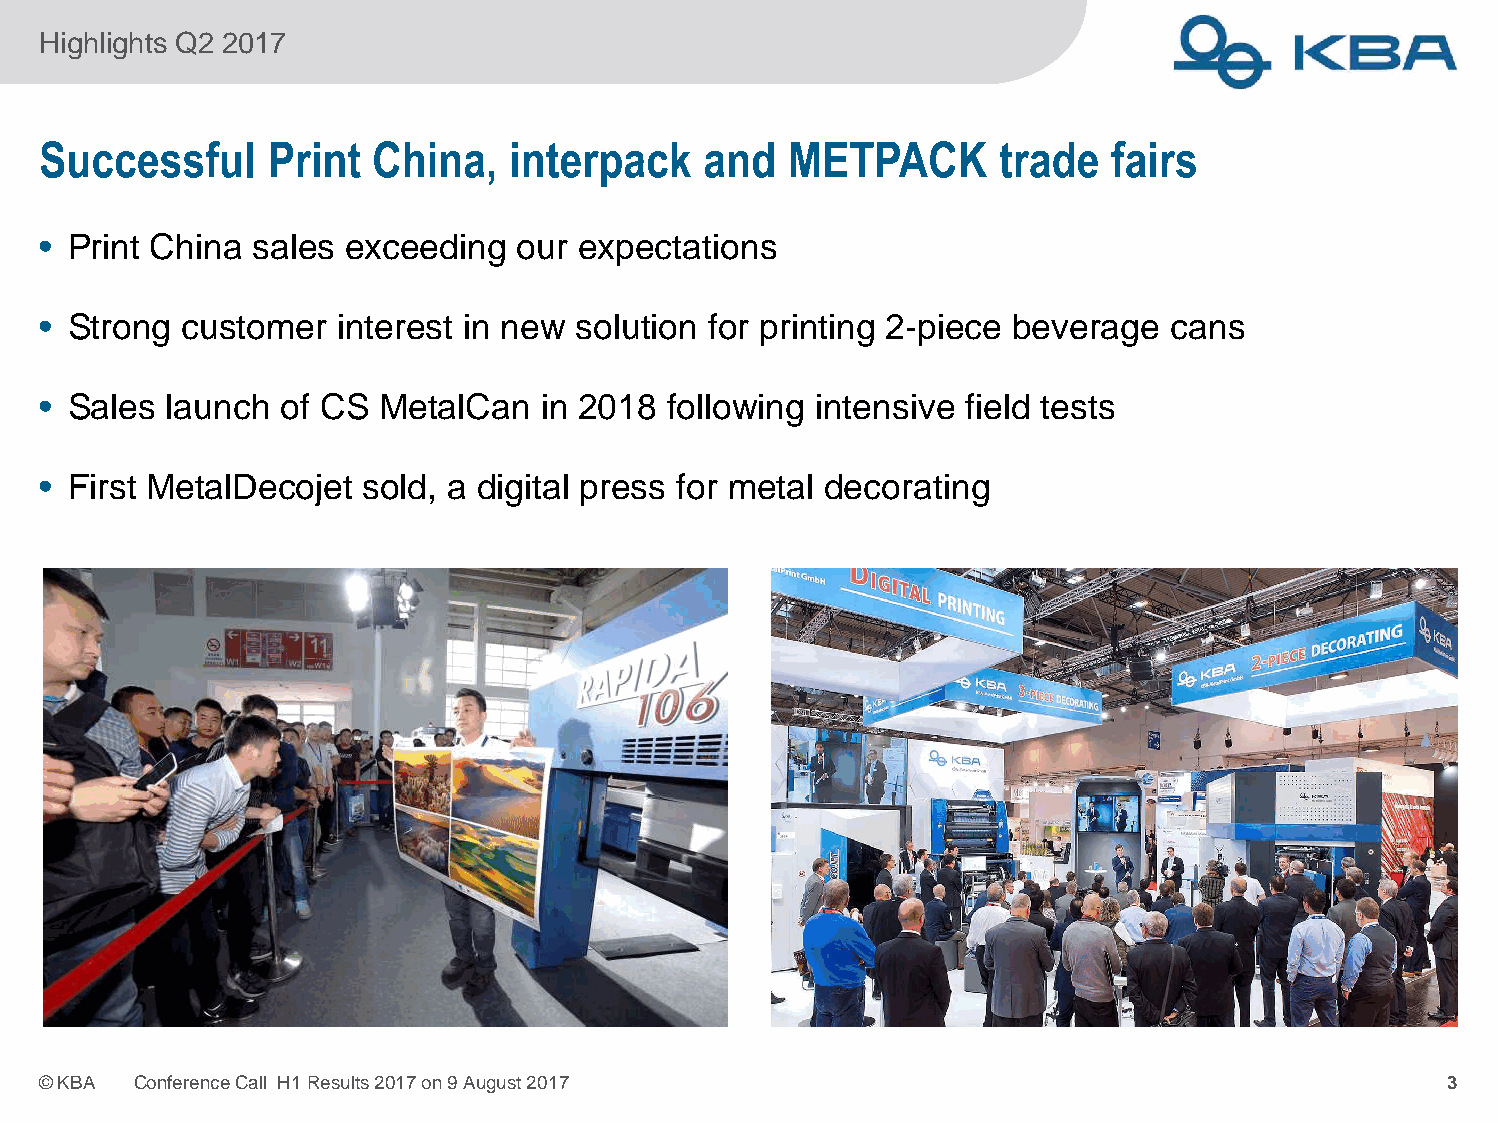
Highlights Q2 2017
 Successful     Print  China,   interpack    and   METPACK       trade  fairs
 • Print China sales exceeding   our expectations
 • Strong  customer  interest in new solution for printing 2-piece beverage cans
 • Sales  launch of CS  MetalCan  in 2018  following intensive field tests
 • First MetalDecojet  sold, a digital press for metal decorating
 ©KBA  ConferenceCall H1Results2017on9August2017                                              3